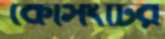
কেসিংটির